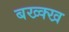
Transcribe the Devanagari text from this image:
बख्क्ख